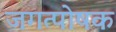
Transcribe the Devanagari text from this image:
जगत्पोषक